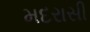
મદરાસી